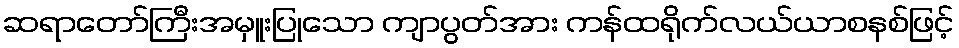
ဆရာတော်ကြီးအမှူးပြုသော ကျာပွတ်အား ကန်ထရိုက်လယ်ယာစနစ်ဖြင့်